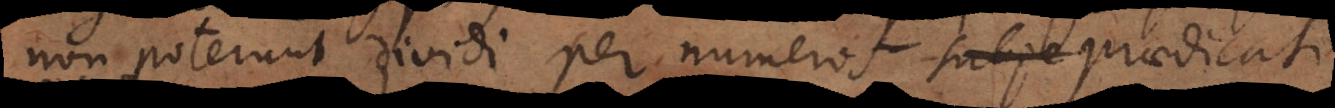
non poterunt dividi per numeros subje praedicati